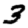
Digit: 3